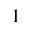
1